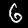
Label: 6